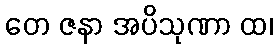
တေ ဇနာ အပိသုဏာ ထ၊